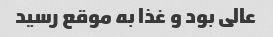
عالی بود و غذا به موقع رسید